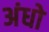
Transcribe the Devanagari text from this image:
अंधो